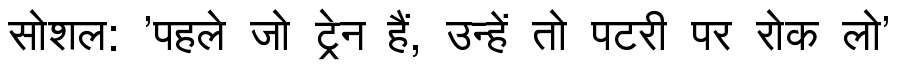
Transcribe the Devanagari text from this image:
सोशल: 'पहले जो ट्रेन हैं, उन्हें तो पटरी पर रोक लो'